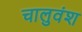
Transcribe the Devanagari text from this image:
चालुवंश